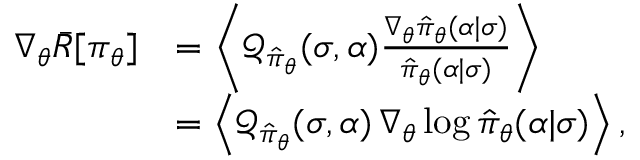
\begin{array} { r l } { \nabla _ { \boldsymbol { \theta } } \bar { R } [ \pi _ { \boldsymbol { \theta } } ] } & { = \left\langle \mathcal { Q } _ { \hat { \pi } _ { \boldsymbol { \theta } } } ( \sigma , \alpha ) \frac { \nabla _ { \boldsymbol { \theta } } \hat { \pi } _ { \boldsymbol { \theta } } ( \alpha \vert \sigma ) } { \hat { \pi } _ { \boldsymbol { \theta } } ( \alpha \vert \sigma ) } \right\rangle } \\ & { = \left\langle \mathcal { Q } _ { \hat { \pi } _ { \boldsymbol { \theta } } } ( \sigma , \alpha ) \, \nabla _ { \boldsymbol { \theta } } \log \hat { \pi } _ { \boldsymbol { \theta } } ( \alpha \vert \sigma ) \right\rangle , } \end{array}